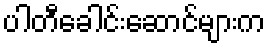
ပါတီခေါင်းဆောင်များက